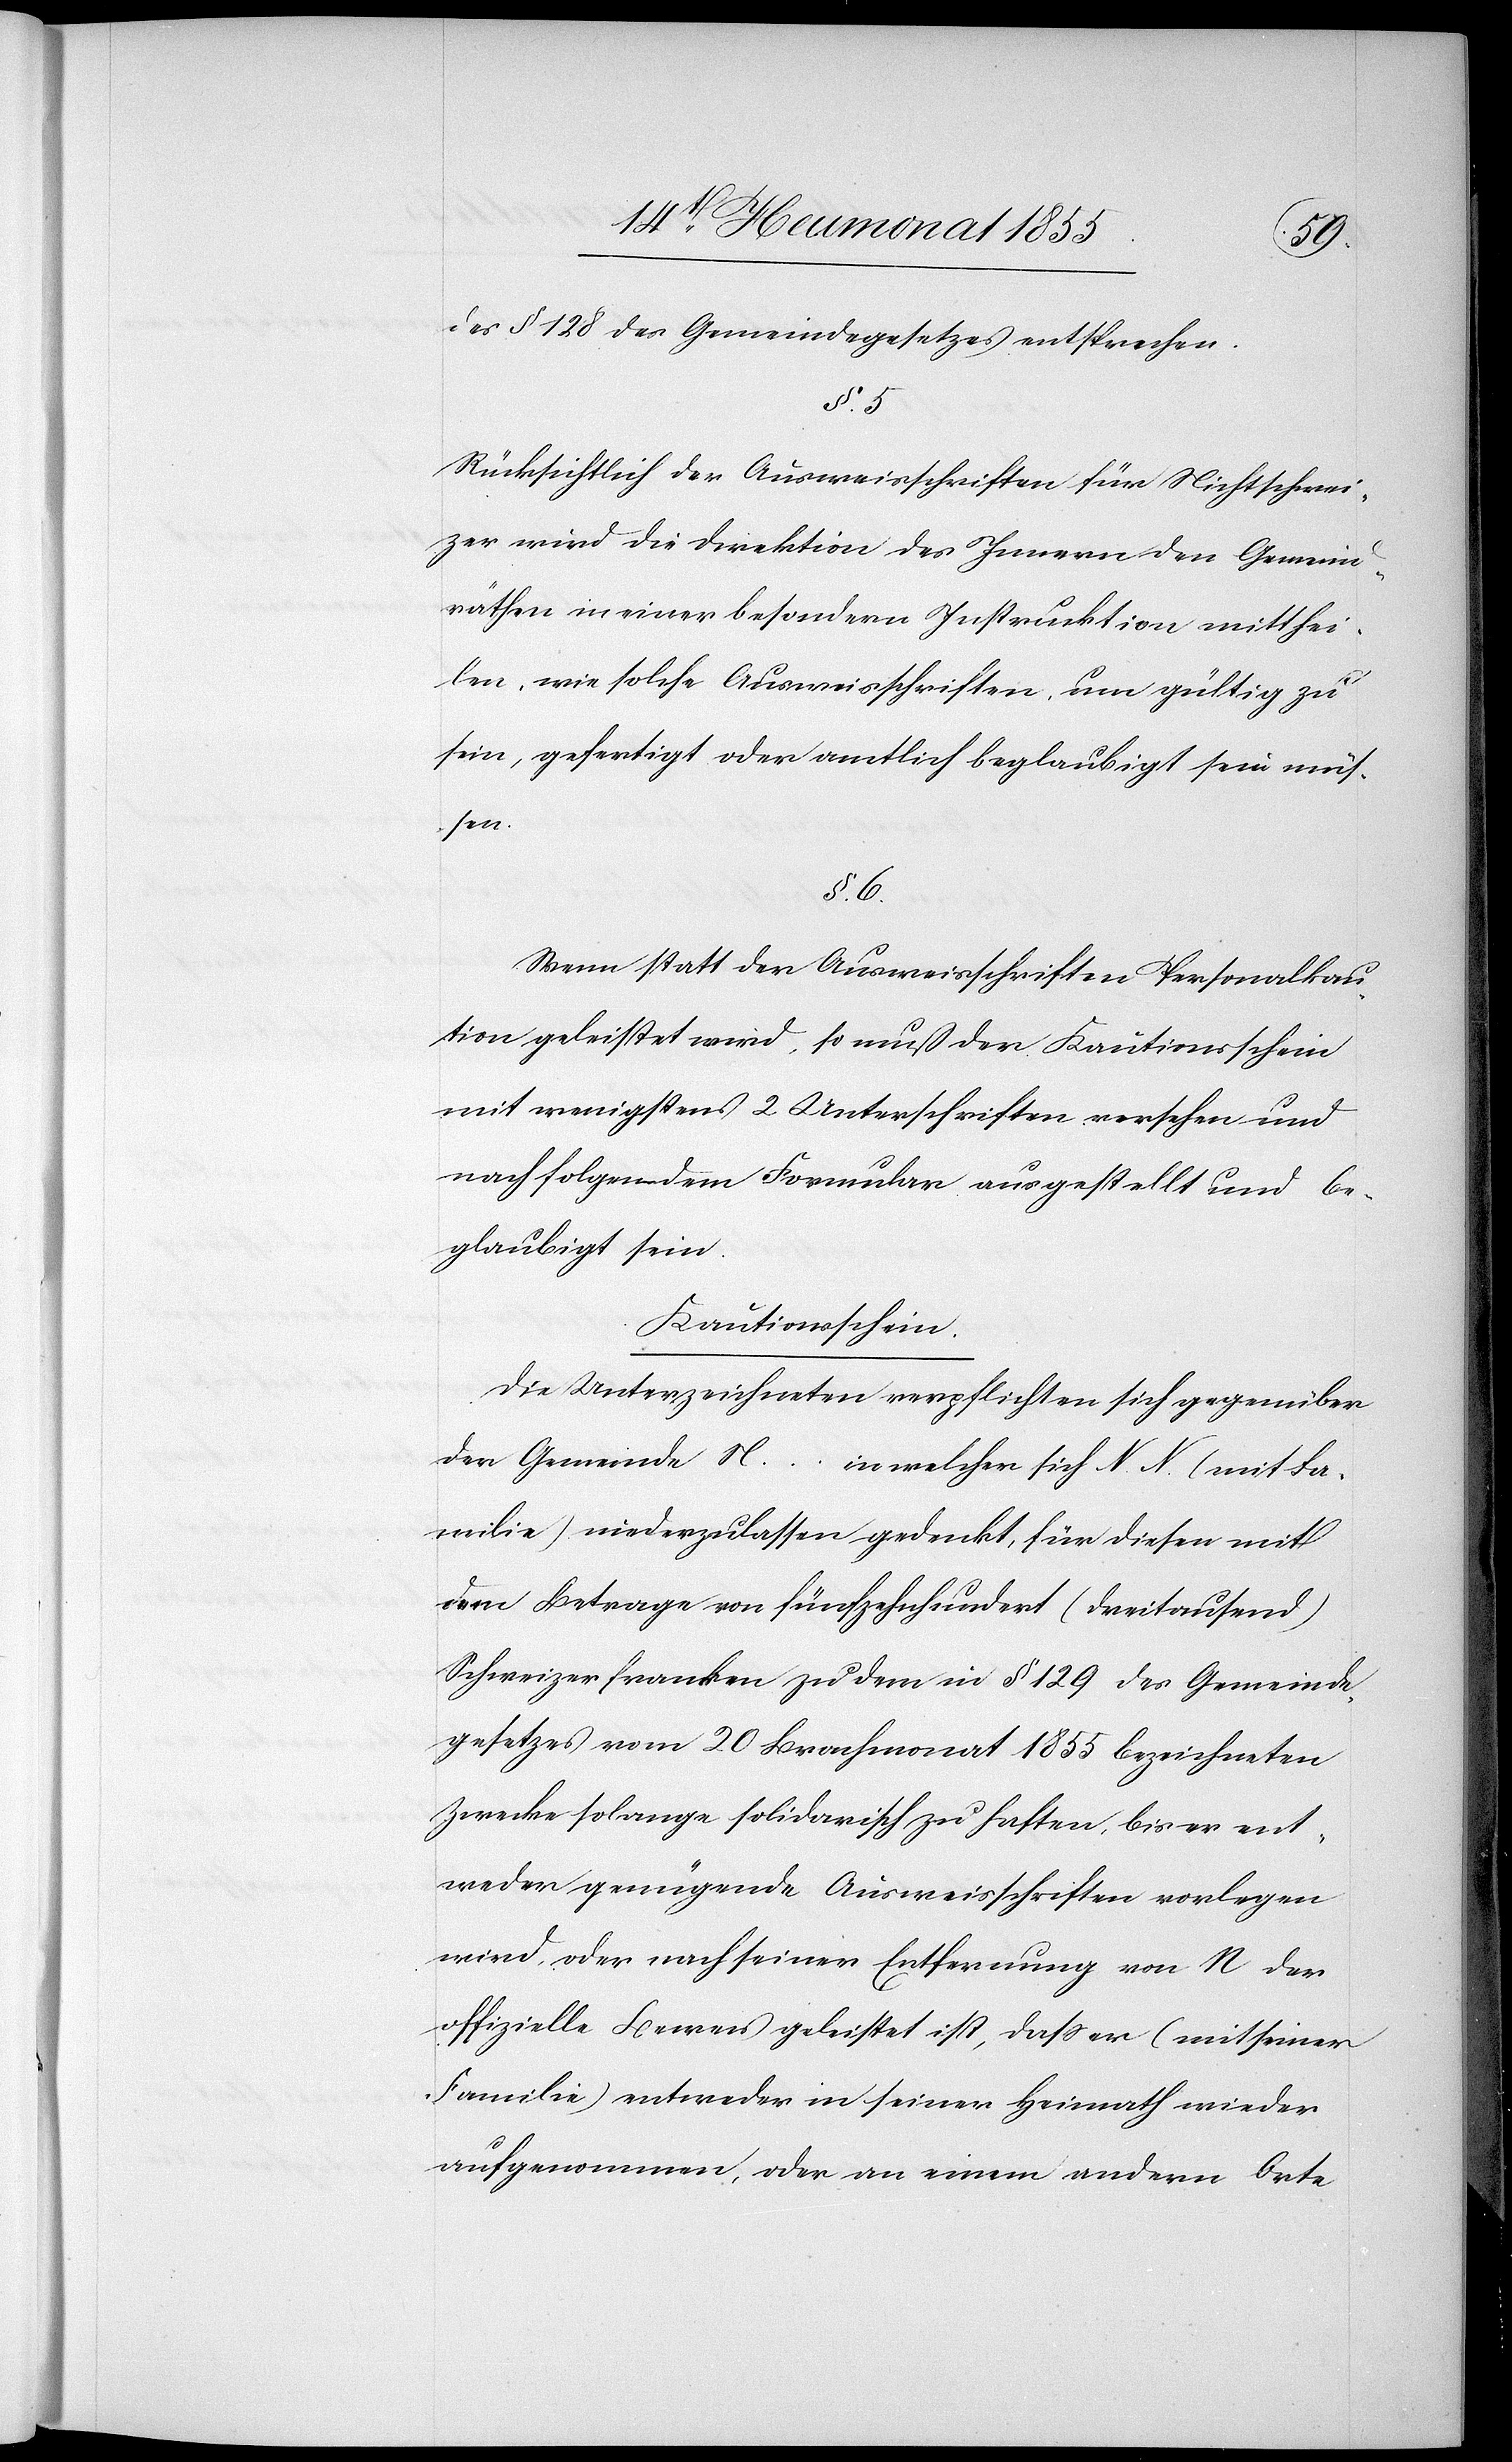
des § 128 des Gemeindegesetzes entsprechen.
§. 5
Rücksichtlich der Ausweisschriften für Nichtschwei¬
zer wird die Direktion des Innern den Gemeind¬
räthen in einer besondern Instruktion mitthei¬
len, wie solche Ausweisschriften, um gültig zu
sein, gefertigt oder amtlich beglaubigt sein müs¬
sen.
§. 6.
Wenn statt der Ausweisschriften Personalkau¬
tion geleistet wird, so muß der Kautionsschein
mit wenigstens 2 Unterschriften versehen und
nach folgendem Formular ausgestellt und be¬
glaubigt sein.
Kautionsschein.
Die Unterzeichneten verpflichten sich gegenüber
der Gemeinde N … in welcher sich N. N. (mit Fa¬
milie) niederzulassen gedenkt, für diesen mit
dem Betrage von fünfzehnhundert (dreitausend)
Schweizerfranken zu dem in § 129 des Gemeinde¬
gesetzes vom 20 Brachmonat 1855 bezeichneten
Zwecke solange solidarisch zu haften, bis er ent¬
weder genügende Ausweisschriften vorlegen
wird, oder nach seiner Entfernung von N. der
offizielle Beweis geleistet ist, dass er (mit seiner
Familie) entweder in seiner Heimath wieder
aufgenommen, oder an einem andern Orte